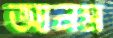
আনম